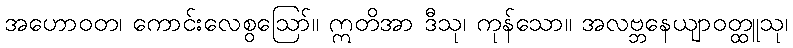
အဟောဝတ၊ ကောင်းလေစွဩော်။ ဣတိအာ ဒီသု၊ ကုန်သော။ အလဗ္ဘနေယျာဝတ္ထူသု၊